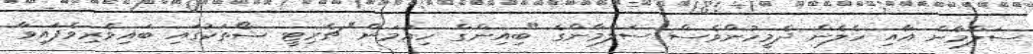
ސަލްމާން އާއި ހެލެން ދެމީހުންވެސް ސަލްމާންގެ "ބިއިންގް ހިއުމަން" ޗެރިޓީ ޝޯތަކުގައި ބައިވެރިވެފައިވާ